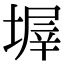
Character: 𡎰